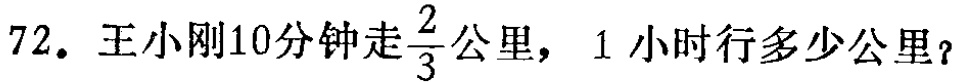
72. 王小刚10分钟走$\frac{2}{3}$公里，1小时行多少公里？